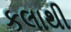
કલાથી